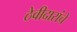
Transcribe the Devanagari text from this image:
ठेवीदारांचे